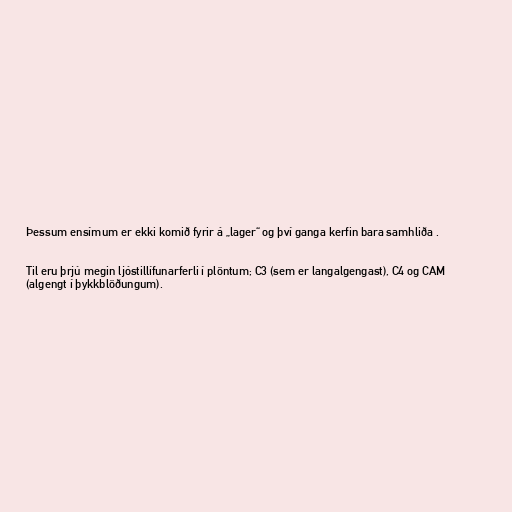
Þessum ensímum er ekki komið fyrir á „lager“ og því ganga kerfin bara samhliða .

Til eru þrjú megin ljóstillífunarferli í plöntum; C3 (sem er langalgengast), C4 og CAM
(algengt í þykkblöðungum).